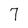
Character: 7